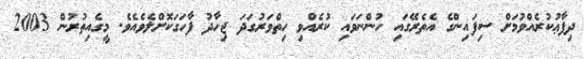
ދިފާޢުކުރެއްވުމަށް ސިފައިންގެ އެތެރޭގައި ހުންނަވައި ކުރެއްވި ހިތްވަރުގަދަ ޖިހާދު ފާހަގަކޮށްލެވެއެވެ. މީގެއިތުރުން 2003